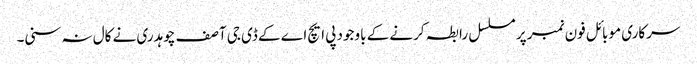
سرکاری موبائل فون نمبر پر مسلسل رابطہ کرنے کے باوجود پی ایچ اے کے ڈی جی آصف چوہدری نے کال نہ سنی۔